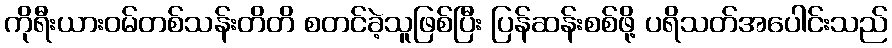
ကိုရီးယားဝမ်တစ်သန်းတိတိ စတင်ခဲ့သူဖြစ်ပြီး ပြန်ဆန်းစစ်ဖို့ ပရိသတ်အပေါင်းသည်